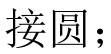
接圆；